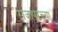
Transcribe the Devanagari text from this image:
राजापूरच्या